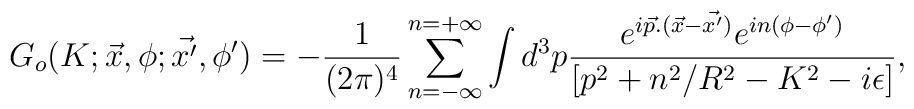
G_o(K;\vec{x},\phi;\vec{x'},\phi') = -\frac{1}{(2\pi)^4}\sum_{n=-\infty}^{n=+\infty} \int d^3p\frac{e^{i\vec{p} .(\vec{x}-\vec{x'})} e^{in(\phi-\phi')}}{[p^2 + n^2/R^2 - K^2-i \epsilon]},